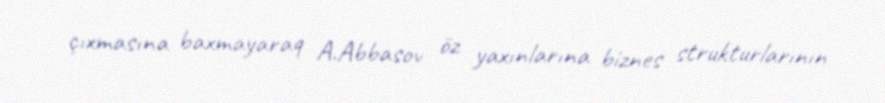
çıxmasına baxmayaraq A.Abbasov öz yaxınlarına biznes strukturlarının